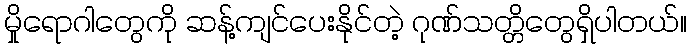
မှိုရောဂါတွေကို ဆန့်ကျင်ပေးနိုင်တဲ့ ဂုဏ်သတ္တိတွေရှိပါတယ်။